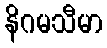
နိဂမသီမာ